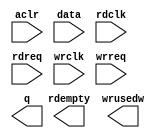
// megafunction wizard: %FIFO%VBB%
// GENERATION: STANDARD
// VERSION: WM1.0
// MODULE: dcfifo 

// ============================================================
// Megafunction Name(s):
// 			dcfifo
//
// Simulation Library Files(s):
// 			altera_mf
// ============================================================
// ************************************************************
// THIS IS A WIZARD-GENERATED FILE. DO NOT EDIT THIS FILE!
//
// 13.0.0 Build 156 04/24/2013 SJ Full Version
// ************************************************************

//Copyright (C) 1991-2013 Altera Corporation
//Your use of Altera Corporation's design tools, logic functions 
//and other software and tools, and its AMPP partner logic 
//functions, and any output files from any of the foregoing 
//(including device programming or simulation files), and any 
//associated documentation or information are expressly subject 
//to the terms and conditions of the Altera Program License 
//Subscription Agreement, Altera MegaCore Function License 
//Agreement, or other applicable license agreement, including, 
//without limitation, that your use is for the sole purpose of 
//programming logic devices manufactured by Altera and sold by 
//Altera or its authorized distributors.  Please refer to the 
//applicable agreement for further details.

module fifo (
	aclr,
	data,
	rdclk,
	rdreq,
	wrclk,
	wrreq,
	q,
	rdempty,
	wrusedw);

	input	  aclr;
	input	[31:0]  data;
	input	  rdclk;
	input	  rdreq;
	input	  wrclk;
	input	  wrreq;
	output	[31:0]  q;
	output	  rdempty;
	output	[8:0]  wrusedw;
`ifndef ALTERA_RESERVED_QIS
// synopsys translate_off
`endif
	tri0	  aclr;
`ifndef ALTERA_RESERVED_QIS
// synopsys translate_on
`endif

endmodule

// ============================================================
// CNX file retrieval info
// ============================================================
// Retrieval info: PRIVATE: AlmostEmpty NUMERIC "0"
// Retrieval info: PRIVATE: AlmostEmptyThr NUMERIC "-1"
// Retrieval info: PRIVATE: AlmostFull NUMERIC "0"
// Retrieval info: PRIVATE: AlmostFullThr NUMERIC "-1"
// Retrieval info: PRIVATE: CLOCKS_ARE_SYNCHRONIZED NUMERIC "0"
// Retrieval info: PRIVATE: Clock NUMERIC "4"
// Retrieval info: PRIVATE: Depth NUMERIC "512"
// Retrieval info: PRIVATE: Empty NUMERIC "1"
// Retrieval info: PRIVATE: Full NUMERIC "1"
// Retrieval info: PRIVATE: INTENDED_DEVICE_FAMILY STRING "Cyclone IV E"
// Retrieval info: PRIVATE: LE_BasedFIFO NUMERIC "0"
// Retrieval info: PRIVATE: LegacyRREQ NUMERIC "0"
// Retrieval info: PRIVATE: MAX_DEPTH_BY_9 NUMERIC "0"
// Retrieval info: PRIVATE: OVERFLOW_CHECKING NUMERIC "0"
// Retrieval info: PRIVATE: Optimize NUMERIC "2"
// Retrieval info: PRIVATE: RAM_BLOCK_TYPE NUMERIC "0"
// Retrieval info: PRIVATE: SYNTH_WRAPPER_GEN_POSTFIX STRING "0"
// Retrieval info: PRIVATE: UNDERFLOW_CHECKING NUMERIC "0"
// Retrieval info: PRIVATE: UsedW NUMERIC "1"
// Retrieval info: PRIVATE: Width NUMERIC "32"
// Retrieval info: PRIVATE: dc_aclr NUMERIC "1"
// Retrieval info: PRIVATE: diff_widths NUMERIC "0"
// Retrieval info: PRIVATE: msb_usedw NUMERIC "0"
// Retrieval info: PRIVATE: output_width NUMERIC "32"
// Retrieval info: PRIVATE: rsEmpty NUMERIC "1"
// Retrieval info: PRIVATE: rsFull NUMERIC "0"
// Retrieval info: PRIVATE: rsUsedW NUMERIC "0"
// Retrieval info: PRIVATE: sc_aclr NUMERIC "0"
// Retrieval info: PRIVATE: sc_sclr NUMERIC "0"
// Retrieval info: PRIVATE: wsEmpty NUMERIC "0"
// Retrieval info: PRIVATE: wsFull NUMERIC "0"
// Retrieval info: PRIVATE: wsUsedW NUMERIC "1"
// Retrieval info: LIBRARY: altera_mf altera_mf.altera_mf_components.all
// Retrieval info: CONSTANT: INTENDED_DEVICE_FAMILY STRING "Cyclone IV E"
// Retrieval info: CONSTANT: LPM_NUMWORDS NUMERIC "512"
// Retrieval info: CONSTANT: LPM_SHOWAHEAD STRING "ON"
// Retrieval info: CONSTANT: LPM_TYPE STRING "dcfifo"
// Retrieval info: CONSTANT: LPM_WIDTH NUMERIC "32"
// Retrieval info: CONSTANT: LPM_WIDTHU NUMERIC "9"
// Retrieval info: CONSTANT: OVERFLOW_CHECKING STRING "ON"
// Retrieval info: CONSTANT: RDSYNC_DELAYPIPE NUMERIC "4"
// Retrieval info: CONSTANT: READ_ACLR_SYNCH STRING "OFF"
// Retrieval info: CONSTANT: UNDERFLOW_CHECKING STRING "ON"
// Retrieval info: CONSTANT: USE_EAB STRING "ON"
// Retrieval info: CONSTANT: WRITE_ACLR_SYNCH STRING "OFF"
// Retrieval info: CONSTANT: WRSYNC_DELAYPIPE NUMERIC "4"
// Retrieval info: USED_PORT: aclr 0 0 0 0 INPUT GND "aclr"
// Retrieval info: USED_PORT: data 0 0 32 0 INPUT NODEFVAL "data[31..0]"
// Retrieval info: USED_PORT: q 0 0 32 0 OUTPUT NODEFVAL "q[31..0]"
// Retrieval info: USED_PORT: rdclk 0 0 0 0 INPUT NODEFVAL "rdclk"
// Retrieval info: USED_PORT: rdempty 0 0 0 0 OUTPUT NODEFVAL "rdempty"
// Retrieval info: USED_PORT: rdreq 0 0 0 0 INPUT NODEFVAL "rdreq"
// Retrieval info: USED_PORT: wrclk 0 0 0 0 INPUT NODEFVAL "wrclk"
// Retrieval info: USED_PORT: wrreq 0 0 0 0 INPUT NODEFVAL "wrreq"
// Retrieval info: USED_PORT: wrusedw 0 0 9 0 OUTPUT NODEFVAL "wrusedw[8..0]"
// Retrieval info: CONNECT: @aclr 0 0 0 0 aclr 0 0 0 0
// Retrieval info: CONNECT: @data 0 0 32 0 data 0 0 32 0
// Retrieval info: CONNECT: @rdclk 0 0 0 0 rdclk 0 0 0 0
// Retrieval info: CONNECT: @rdreq 0 0 0 0 rdreq 0 0 0 0
// Retrieval info: CONNECT: @wrclk 0 0 0 0 wrclk 0 0 0 0
// Retrieval info: CONNECT: @wrreq 0 0 0 0 wrreq 0 0 0 0
// Retrieval info: CONNECT: q 0 0 32 0 @q 0 0 32 0
// Retrieval info: CONNECT: rdempty 0 0 0 0 @rdempty 0 0 0 0
// Retrieval info: CONNECT: wrusedw 0 0 9 0 @wrusedw 0 0 9 0
// Retrieval info: GEN_FILE: TYPE_NORMAL fifo.v TRUE
// Retrieval info: GEN_FILE: TYPE_NORMAL fifo.inc FALSE
// Retrieval info: GEN_FILE: TYPE_NORMAL fifo.cmp FALSE
// Retrieval info: GEN_FILE: TYPE_NORMAL fifo.bsf FALSE
// Retrieval info: GEN_FILE: TYPE_NORMAL fifo_inst.v FALSE
// Retrieval info: GEN_FILE: TYPE_NORMAL fifo_bb.v TRUE
// Retrieval info: LIB_FILE: altera_mf